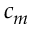
c _ { m }